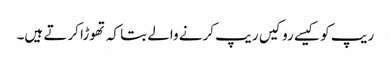
ریپ کو کیسے رو کیں ریپ کرنے والے بتا کہ تھوڑا کرتے ہیں۔